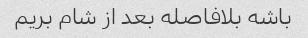
باشه بلافاصله بعد از شام بریم